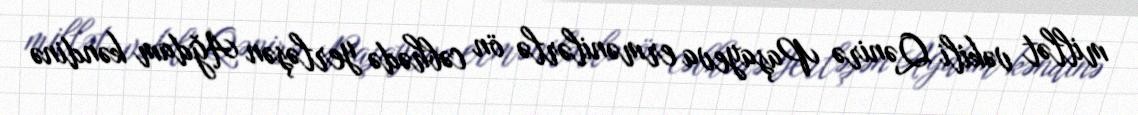
millət vəkili Qənirə Paşayeva ermənilərlə ön cəbhədə yerləşən Ağdam kəndinə